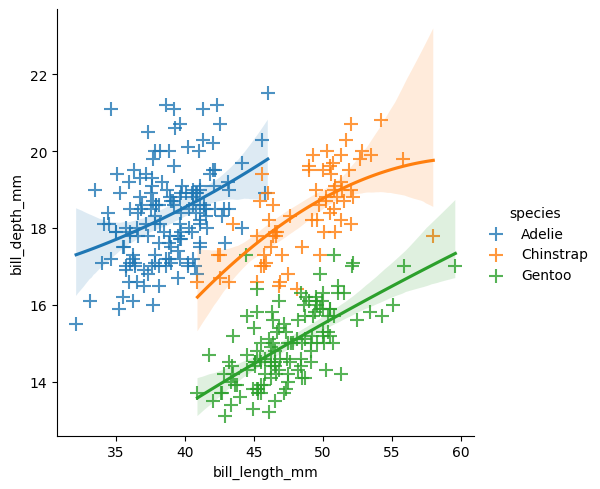
python, seaborn, lmplot, aspect=1.0, order=2, markers='+'